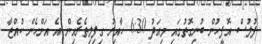
ފުލުސް އޮފީހުން ބުނިގޮތުގައި މިއަދު 6:30 ހާއިރު ގިފިލިތެރެއިން އެ އަންހެން ކުއްޖާ